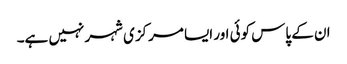
ان کے پاس کوئی اور ایسا مرکزی شہر نہیں ہے۔